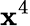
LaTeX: \mathbf{x}^{4}